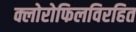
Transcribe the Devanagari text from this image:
क्लोरोफिलविरहित